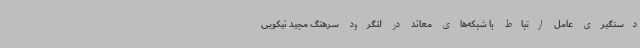
دستگیری عامل ارتباط با شبکه‌های معاند در لنگرود سرهنگ مجید نیکویی